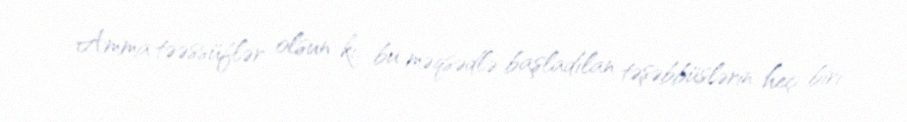
Amma təəssüflər olsun ki, bu məqsədlə başladılan təşəbbüslərin heç biri